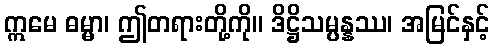
ဣမေ ဓမ္မာ၊ ဤတရားတို့ကို။ ဒိဋ္ဌိသမ္ပန္နဿ၊ အမြင်နှင့်